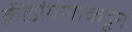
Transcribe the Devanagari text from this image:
क्रीडांगणाकडून